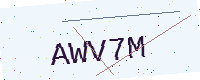
Text: AWV7M